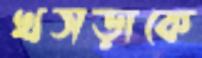
খসড়াকে